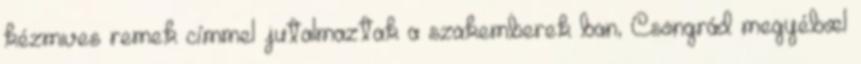
kézmıves remek címmel jutalmaztak a szakemberek ban, Csongrád megyébœl